65_HS1-834228961_62-HQ-83894_Section_9
Agency: FBI
Page 87
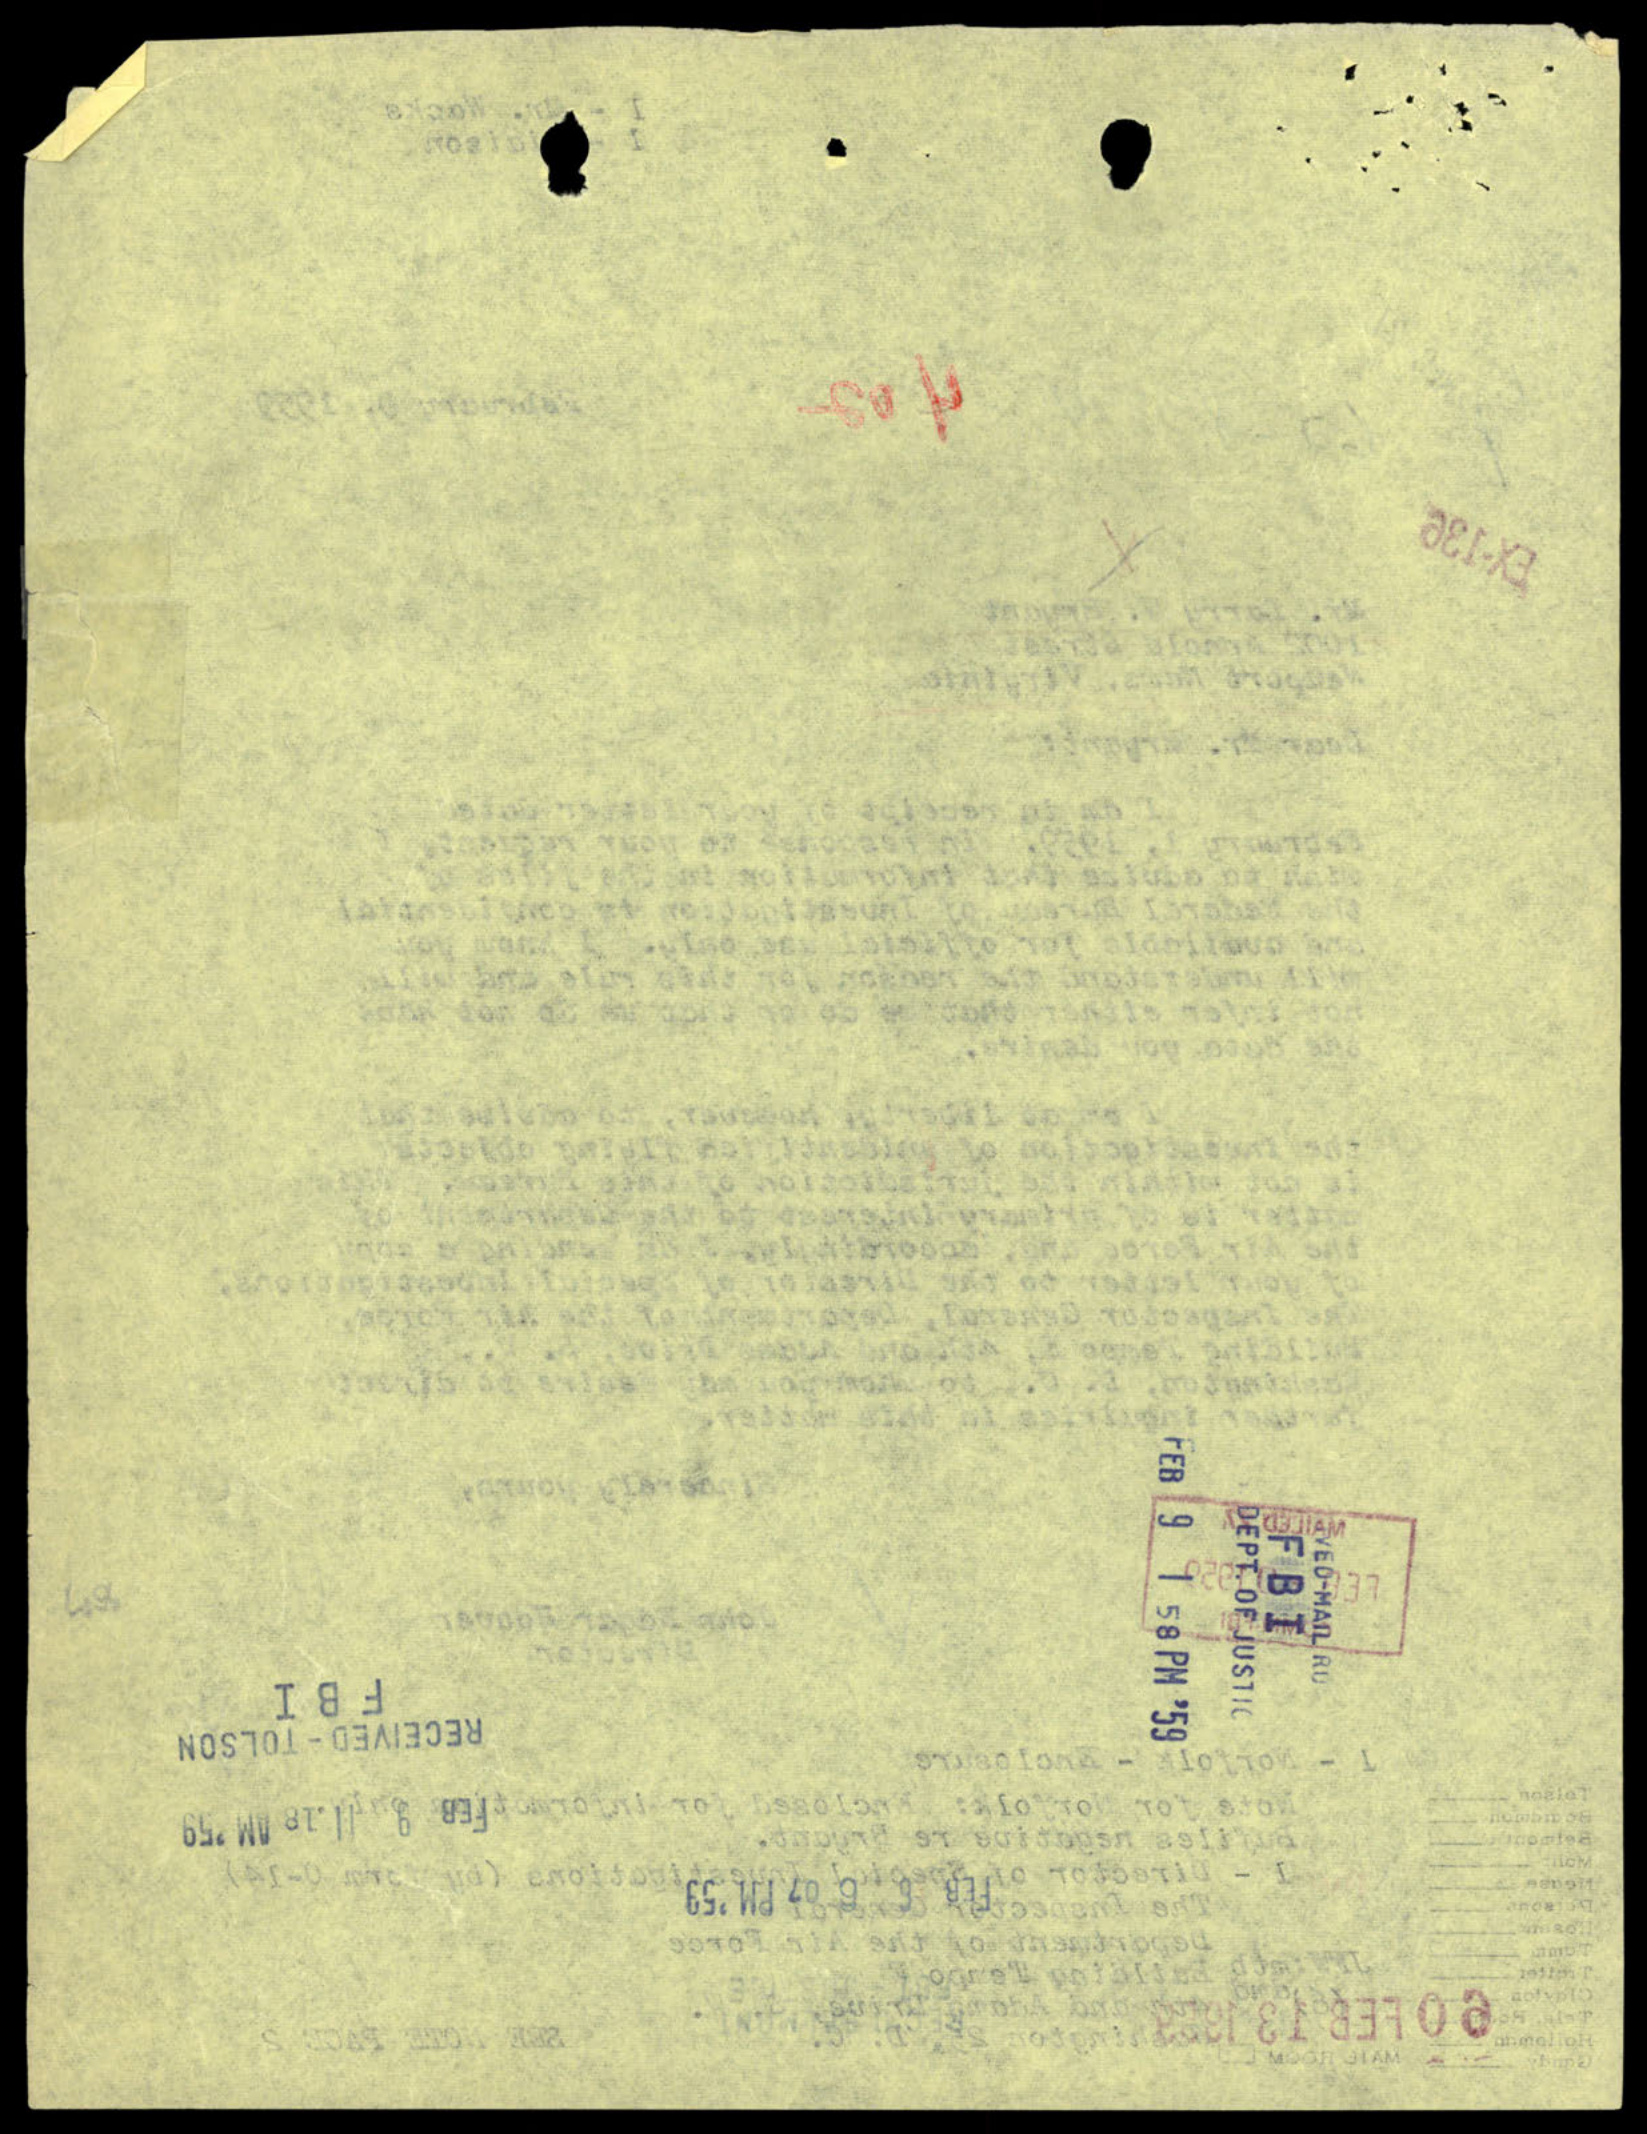